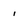
Character: 1